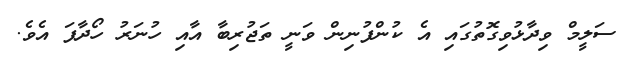
ސަލީމް ވިދާޅުވިގޮތުގައި އެ ކުންފުނިން ވަނީ ތަޖުރިބާ އާއި ހުނަރު ހޯދާފަ އެވެ.